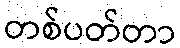
တစ်ပတ်တာ